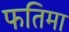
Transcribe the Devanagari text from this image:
फतिमा